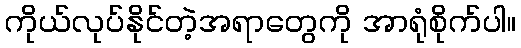
ကိုယ်လုပ်နိုင်တဲ့အရာတွေကို အာရုံစိုက်ပါ။